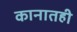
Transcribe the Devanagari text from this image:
कानातही